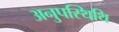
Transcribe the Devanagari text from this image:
अनुपस्थिथि